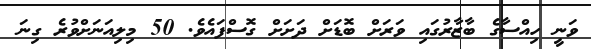
ވަނީ ހިއްސާގެ ބާޒާރުގައި ވަރަށް ބޮޑަށް ދަށަށް ގޮސްފައެވެ. 50 މިލިއަނަށްވުރެ ގިނަ